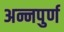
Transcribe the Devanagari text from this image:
अन्नपुर्ण